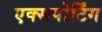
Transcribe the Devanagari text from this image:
एक्सपोर्टिंग